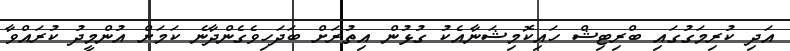
އަދި ކުރިމަގުގައި ބްރިޓިޝް ހައިކޮމިޝަނާއެކު ގުޅުން އިތުރަށް ބަދަހިވެގެންދާނެ ކަމަށް އުންމީދު ކުރައްވާ